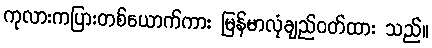
ကုလားကပြားတစ်ယောက်ကား မြန်မာလုံချည်ဝတ်ထား သည်။